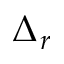
\Delta _ { r }